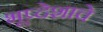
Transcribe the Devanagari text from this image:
भूप्र्देशाचे